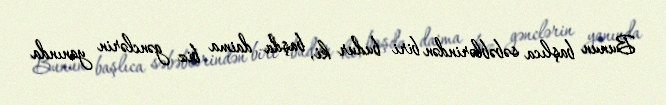
Bunun başlıca səbəblərindən biri budur ki, başda daima biz gənclərin yanında